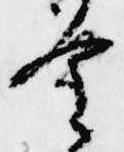
重